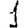
Digit: 1